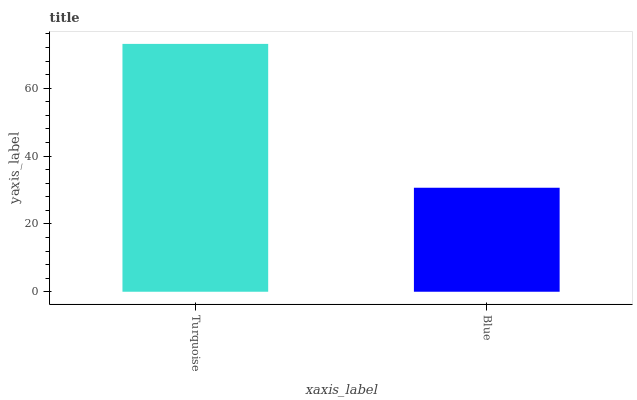
| xaxis_label | bars |
 | --- | --- |
 | Turquoise | 73.1 |
 | Blue | 30.7 |